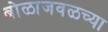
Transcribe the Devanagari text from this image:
बोळाजवळच्या